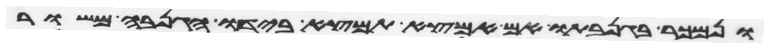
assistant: ונמכר בגנבתו אם המצא תמצא בידו הגנבה משור